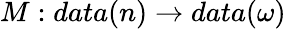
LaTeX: M:data(n)\rightarrow data(\omega)